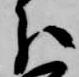
分